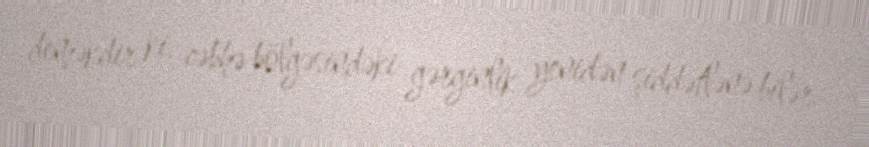
deməkdir ki, cəbhə bölgəsindəki gərginlik yenidən şiddətlənə bilər.